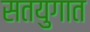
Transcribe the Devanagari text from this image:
सतयुगात